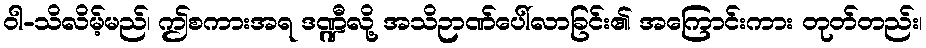
ဝါ-သိလိမ့်မည်၊ ဤစကားအရ ဒဏ္ဍီလို့ အသိဉာဏ်ပေါ်လာခြင်း၏ အကြောင်းကား တုတ်တည်း၊